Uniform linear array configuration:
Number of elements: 16
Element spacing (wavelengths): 0.5
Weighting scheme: hamming
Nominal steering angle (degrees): -15
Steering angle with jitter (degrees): -16.366
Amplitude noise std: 0.05
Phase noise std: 0.05

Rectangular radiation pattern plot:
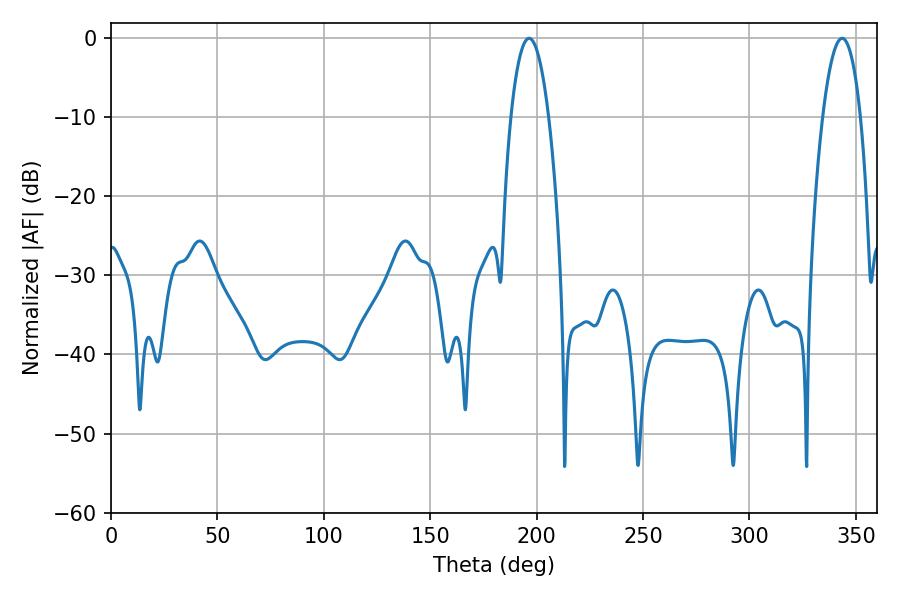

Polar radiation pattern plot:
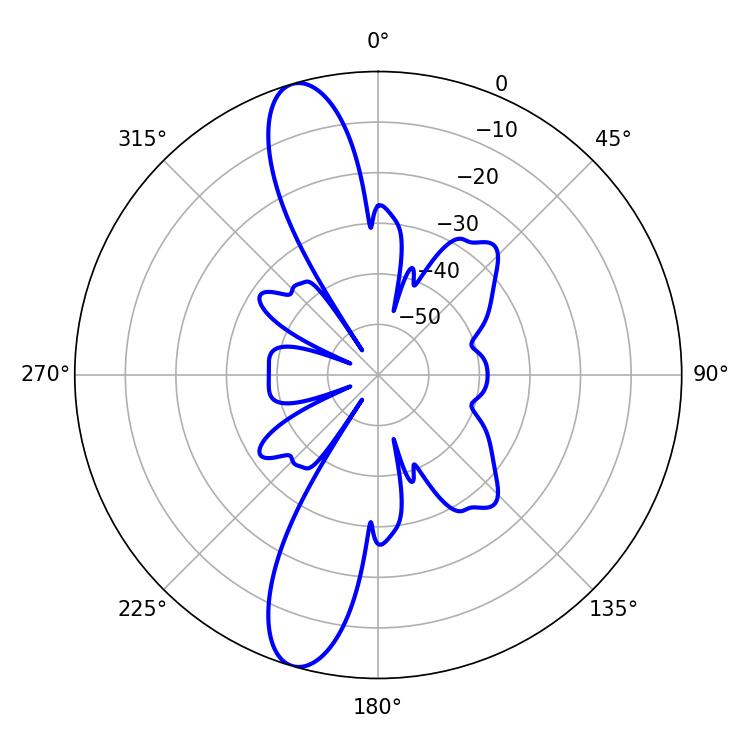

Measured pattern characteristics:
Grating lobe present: FALSE
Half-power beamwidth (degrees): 9.72
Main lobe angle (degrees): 196.38